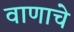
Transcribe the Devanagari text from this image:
वाणाचे